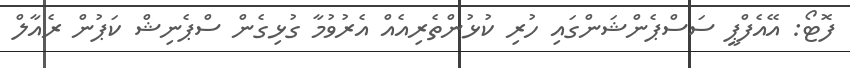
ފޮޓޯ: އޭއެފްޕީ ސަސްޕެންޝަންގައި ހުރި ކުޅުންތެރިއެއް އެރުވުމާ ގުޅިގެން ސްޕެނިޝް ކަޕުން ރެއާލް